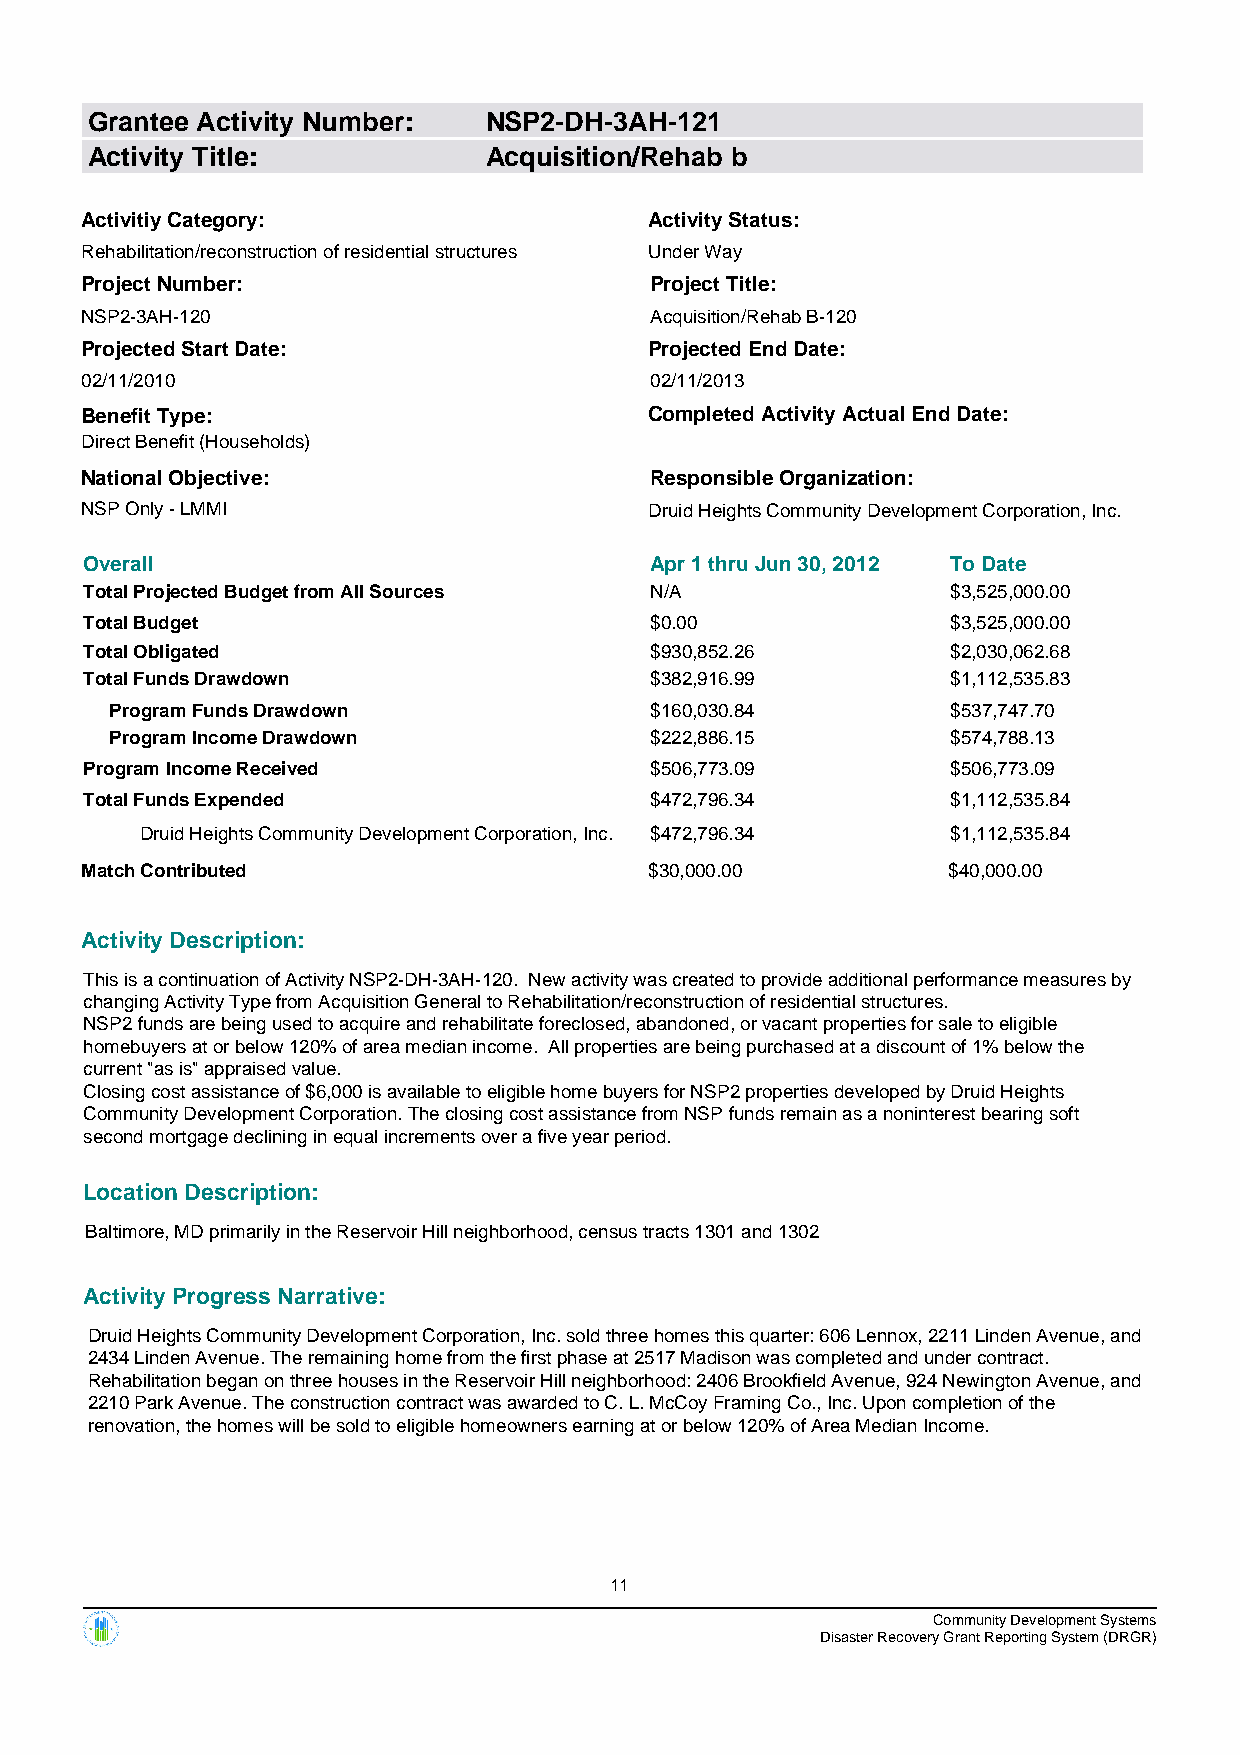
Grantee Activity Number:  NSP2-DH-3AH-121
 Activity Title:           Acquisition/Rehab b
 Activitiy Category:                   Activity Status:
 Rehabilitation/reconstruction of residential structures Under Way
 Project Number:                       Project Title:
 NSP2-3AH-120                          Acquisition/Rehab B-120
 Projected Start Date:                 Projected End Date:
 02/11/2010                            02/11/2013
 Benefit Type:                         Completed Activity Actual End Date:
 Direct Benefit (Households)
 National Objective:                   Responsible Organization:
 NSP Only - LMMI                       Druid Heights Community Development Corporation, Inc.
 Overall                              Apr 1 thru Jun 30, 2012 To Date
 Total Projected Budget from All Sources N/A              $3,525,000.00
 Total Budget                         $0.00               $3,525,000.00
 Total Obligated                      $930,852.26         $2,030,062.68
 Total Funds Drawdown                 $382,916.99         $1,112,535.83
 Program Funds Drawdown              $160,030.84         $537,747.70
 Program Income Drawdown             $222,886.15         $574,788.13
 Program Income Received              $506,773.09         $506,773.09
 Total Funds Expended                 $472,796.34         $1,112,535.84
 Druid Heights Community Development Corporation, Inc. $472,796.34 $1,112,535.84
 Match Contributed                     $30,000.00          $40,000.00
 Activity Description:
 This is a continuation of Activity NSP2-DH-3AH-120. New activity was created to provide additional performance measures by
 changing Activity Type from Acquisition General to Rehabilitation/reconstruction of residential structures.
 NSP2 funds are being used to acquire and rehabilitate foreclosed, abandoned, or vacant properties for sale to eligible
 homebuyers at or below 120% of area median income. All properties are being purchased at a discount of 1% below the
 current "as is" appraised value.
 Closing cost assistance of $6,000 is available to eligible home buyers for NSP2 properties developed by Druid Heights
 Community Development Corporation. The closing cost assistance from NSP funds remain as a noninterest bearing soft
 second mortgage declining in equal increments over a five year period.
 Location Description:
 Baltimore, MD primarily in the Reservoir Hill neighborhood, census tracts 1301 and 1302
 Activity Progress Narrative:
 Druid Heights Community Development Corporation, Inc. sold three homes this quarter: 606 Lennox, 2211 Linden Avenue, and
 2434 Linden Avenue. The remaining home from the first phase at 2517 Madison was completed and under contract.
 Rehabilitation began on three houses in the Reservoir Hill neighborhood: 2406 Brookfield Avenue, 924 Newington Avenue, and
 2210 Park Avenue. The construction contract was awarded to C. L. McCoy Framing Co., Inc. Upon completion of the
 renovation, the homes will be sold to eligible homeowners earning at or below 120% of Area Median Income.
 11
 Community Development Systems
 Disaster Recovery Grant Reporting System (DRGR)